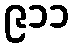
၉၁၁